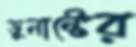
ডুনান্টের